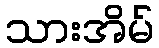
သားအိမ်